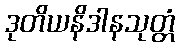
ဒုတိယနိဒါနသုတ္တံ